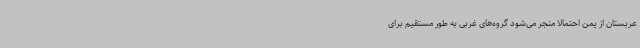
عربستان از یمن احتمالا منجر می‌شود گروه‌های غربی به طور مستقیم برای